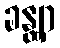
ခန္တျာ